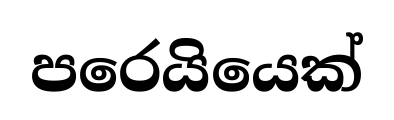
පරෙයියෙක්